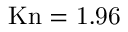
\mathrm { { K n = 1 . 9 6 } }